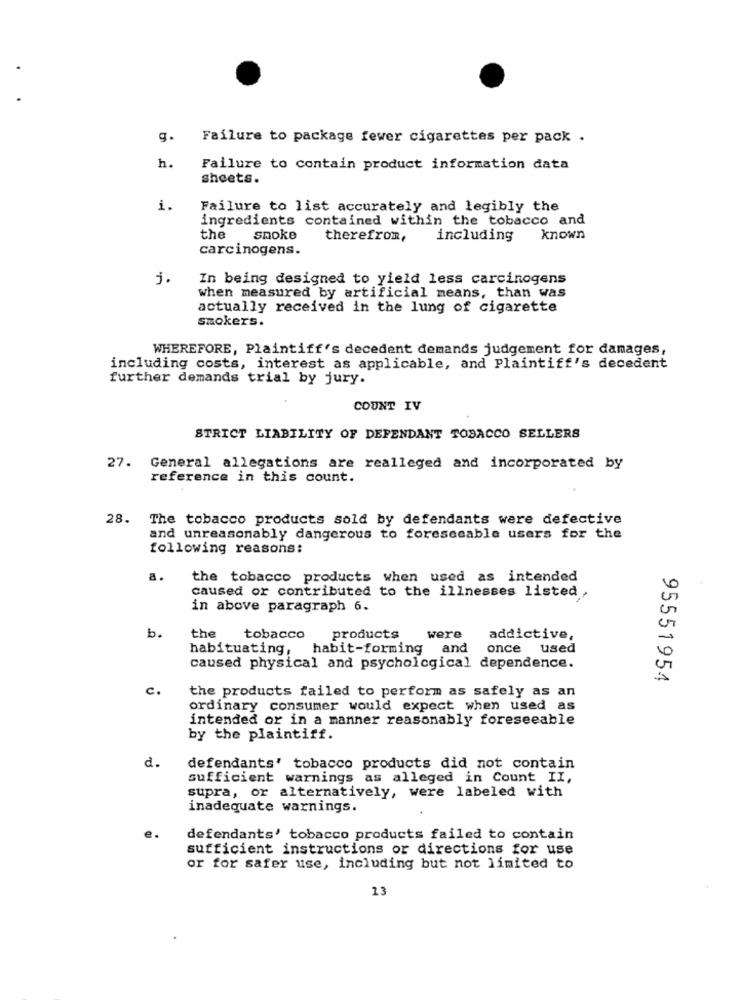
g.
Failure to package fewer cigarettes per pack .
h.
Failure to contain product information data
sheets.
i.
Failure to list accurately and legibly the
ingredients contained within the tobacco and
the
snoke
therefrom,
including
known
carcinogens.
j.
In being designed to yield less carcinogens
when measured by artificial means, than was
actually received in the lung of cigarette
smokers.
WHEREFORE, Plaintiff's decedent demands judgement for damages,
including costs, interest as applicable, and Plaintiff's decedent
further demands trial by jury.
COUNT IV
STRICT LIABILITY OF DEFENDANT TOBACCO SELLERS
27. General allegations are realleged and incorporated by
reference in this count.
28. The tobacco products sold by defendants were defective
and unreasonably dangerous to foresecable users for the
following reasons:
a.
the tobacco products when used as intended
caused or contributed to the illnesses listed ,
in above paragraph 6.
b.
the
tobacco
products
were
addictive
habituating, habit-forming and
once used
caused physical and psychological dependence.
95551954
c.
the products failed to perform as safely as an
ordinary consumer would expect when used as
intended or in a manner reasonably foreseeable
by the plaintiff.
d.
defendants' tobacco products did not contain
sufficient warnings as alleged in Count II,
supra, or alternatively, were labeled with
inadequate warnings.
defendants' tobacco products failed to contain
sufficient instructions or directions for use
or for safer use, including but not limited to
13